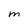
Character: M